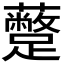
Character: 𮜣